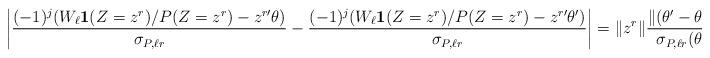
LaTeX: \begin{align*}\left|\frac{(-1)^j(W_\ell\mathbf{1}(Z=z^r)/P(Z=z^r)-z^{r\prime}\theta)}{\sigma_{P,\ell r}}-\frac{(-1)^j(W_\ell\mathbf{1}(Z=z^r)/P(Z=z^r)-z^{r\prime}\theta')}{\sigma_{P,\ell r}}\right|&=\Vert z^r \Vert\frac{\Vert(\theta'-\theta)\Vert}{\sigma_{P,\ell r}(\theta)},~~\ell=0,1,\end{align*}